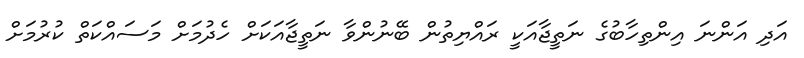
އަދި އަންނަ އިންތިހާބުގެ ނަތީޖާއަކީ ރައްޔިތުން ބޭނުންވާ ނަތީޖާއަކަށް ހެދުމަށް މަސައްކަތް ކުރުމަށް